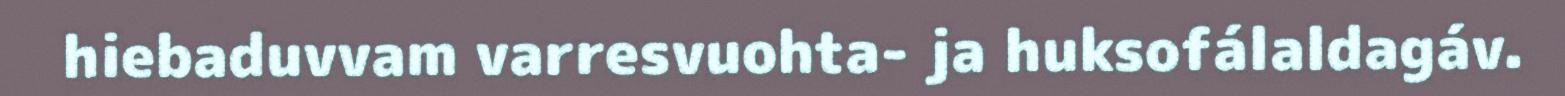
hiebaduvvam varresvuohta- ja huksofálaldagáv.